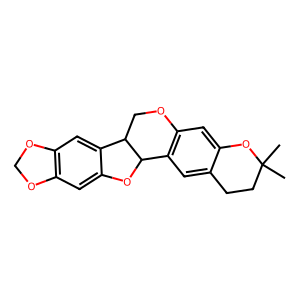
SMILES: CC1(C)CCc2cc3c(cc2O1)OCC1c2cc4c(cc2OC31)OCO4
Inhibits HIV replication: No